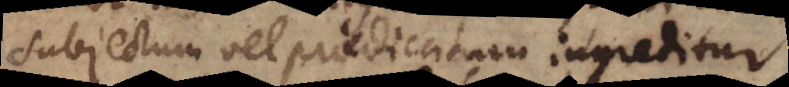
subjectum vel praedicatum ingreditur.